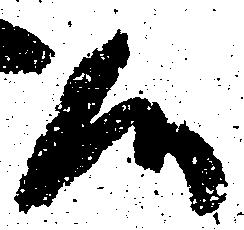
候